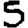
Digit: 5